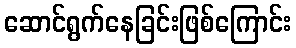
ဆောင်ရွက်နေခြင်းဖြစ်ကြောင်း